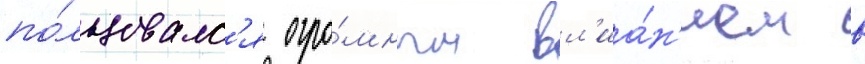
по́льзовалс'я огро́мным вл'иа́н'ием в